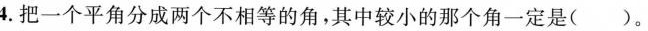
4.把一个平角分成两个不相等的角，其中较小的那个角一定是（ ）。